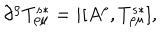
\partial ^ { \rho } T _ { \rho \mu } ^ { s \ast } = i [ A ^ { \rho } , T _ { \rho \mu } ^ { s \ast } ] ,